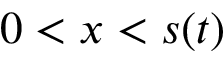
0 < x < s ( t )